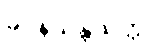
ခိပ္ပနိသန္တိသုတ္တံ